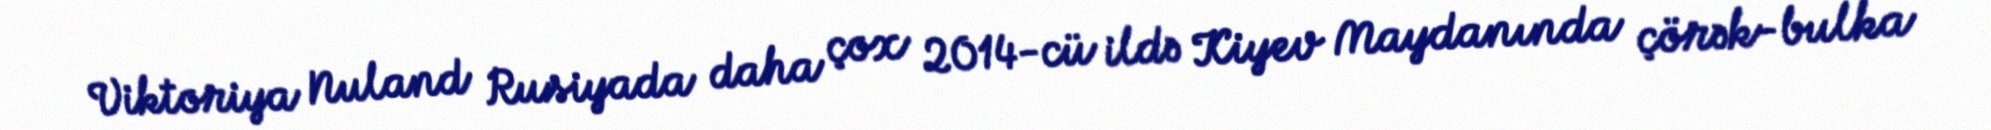
Viktoriya Nuland Rusiyada daha çox 2014-cü ildə Kiyev Maydanında çörək-bulka